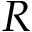
R